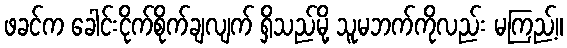
ဖခင်က ခေါင်းငိုက်စိုက်ချလျက် ရှိသည်မို့ သူမဘက်ကိုလည်း မကြည့်။